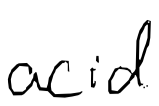
Text: acid
Cross-out: clean
Writing tool: digital_black